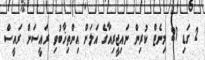
2 ގަޑި 21 މިނެޓް ކުރިން ނައިޖީރިއާގެ އަލަަށް އިންތިޚާބުވި ރައީސަށް ރައީސް